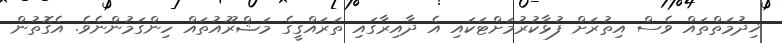
ޚިދުމަތްތައް ވެސް އިތުރަށް ފުޅާކުރުމަށްޓަކައި އެ ދާއިރާގައި ތަރައްގީގެ މަޝްރޫއުތައް ހިންގަމުންނެވެ. އެގޮތުން